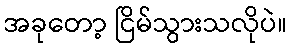
အခုတော့ ငြိမ်သွားသလိုပဲ။